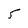
Character: 5